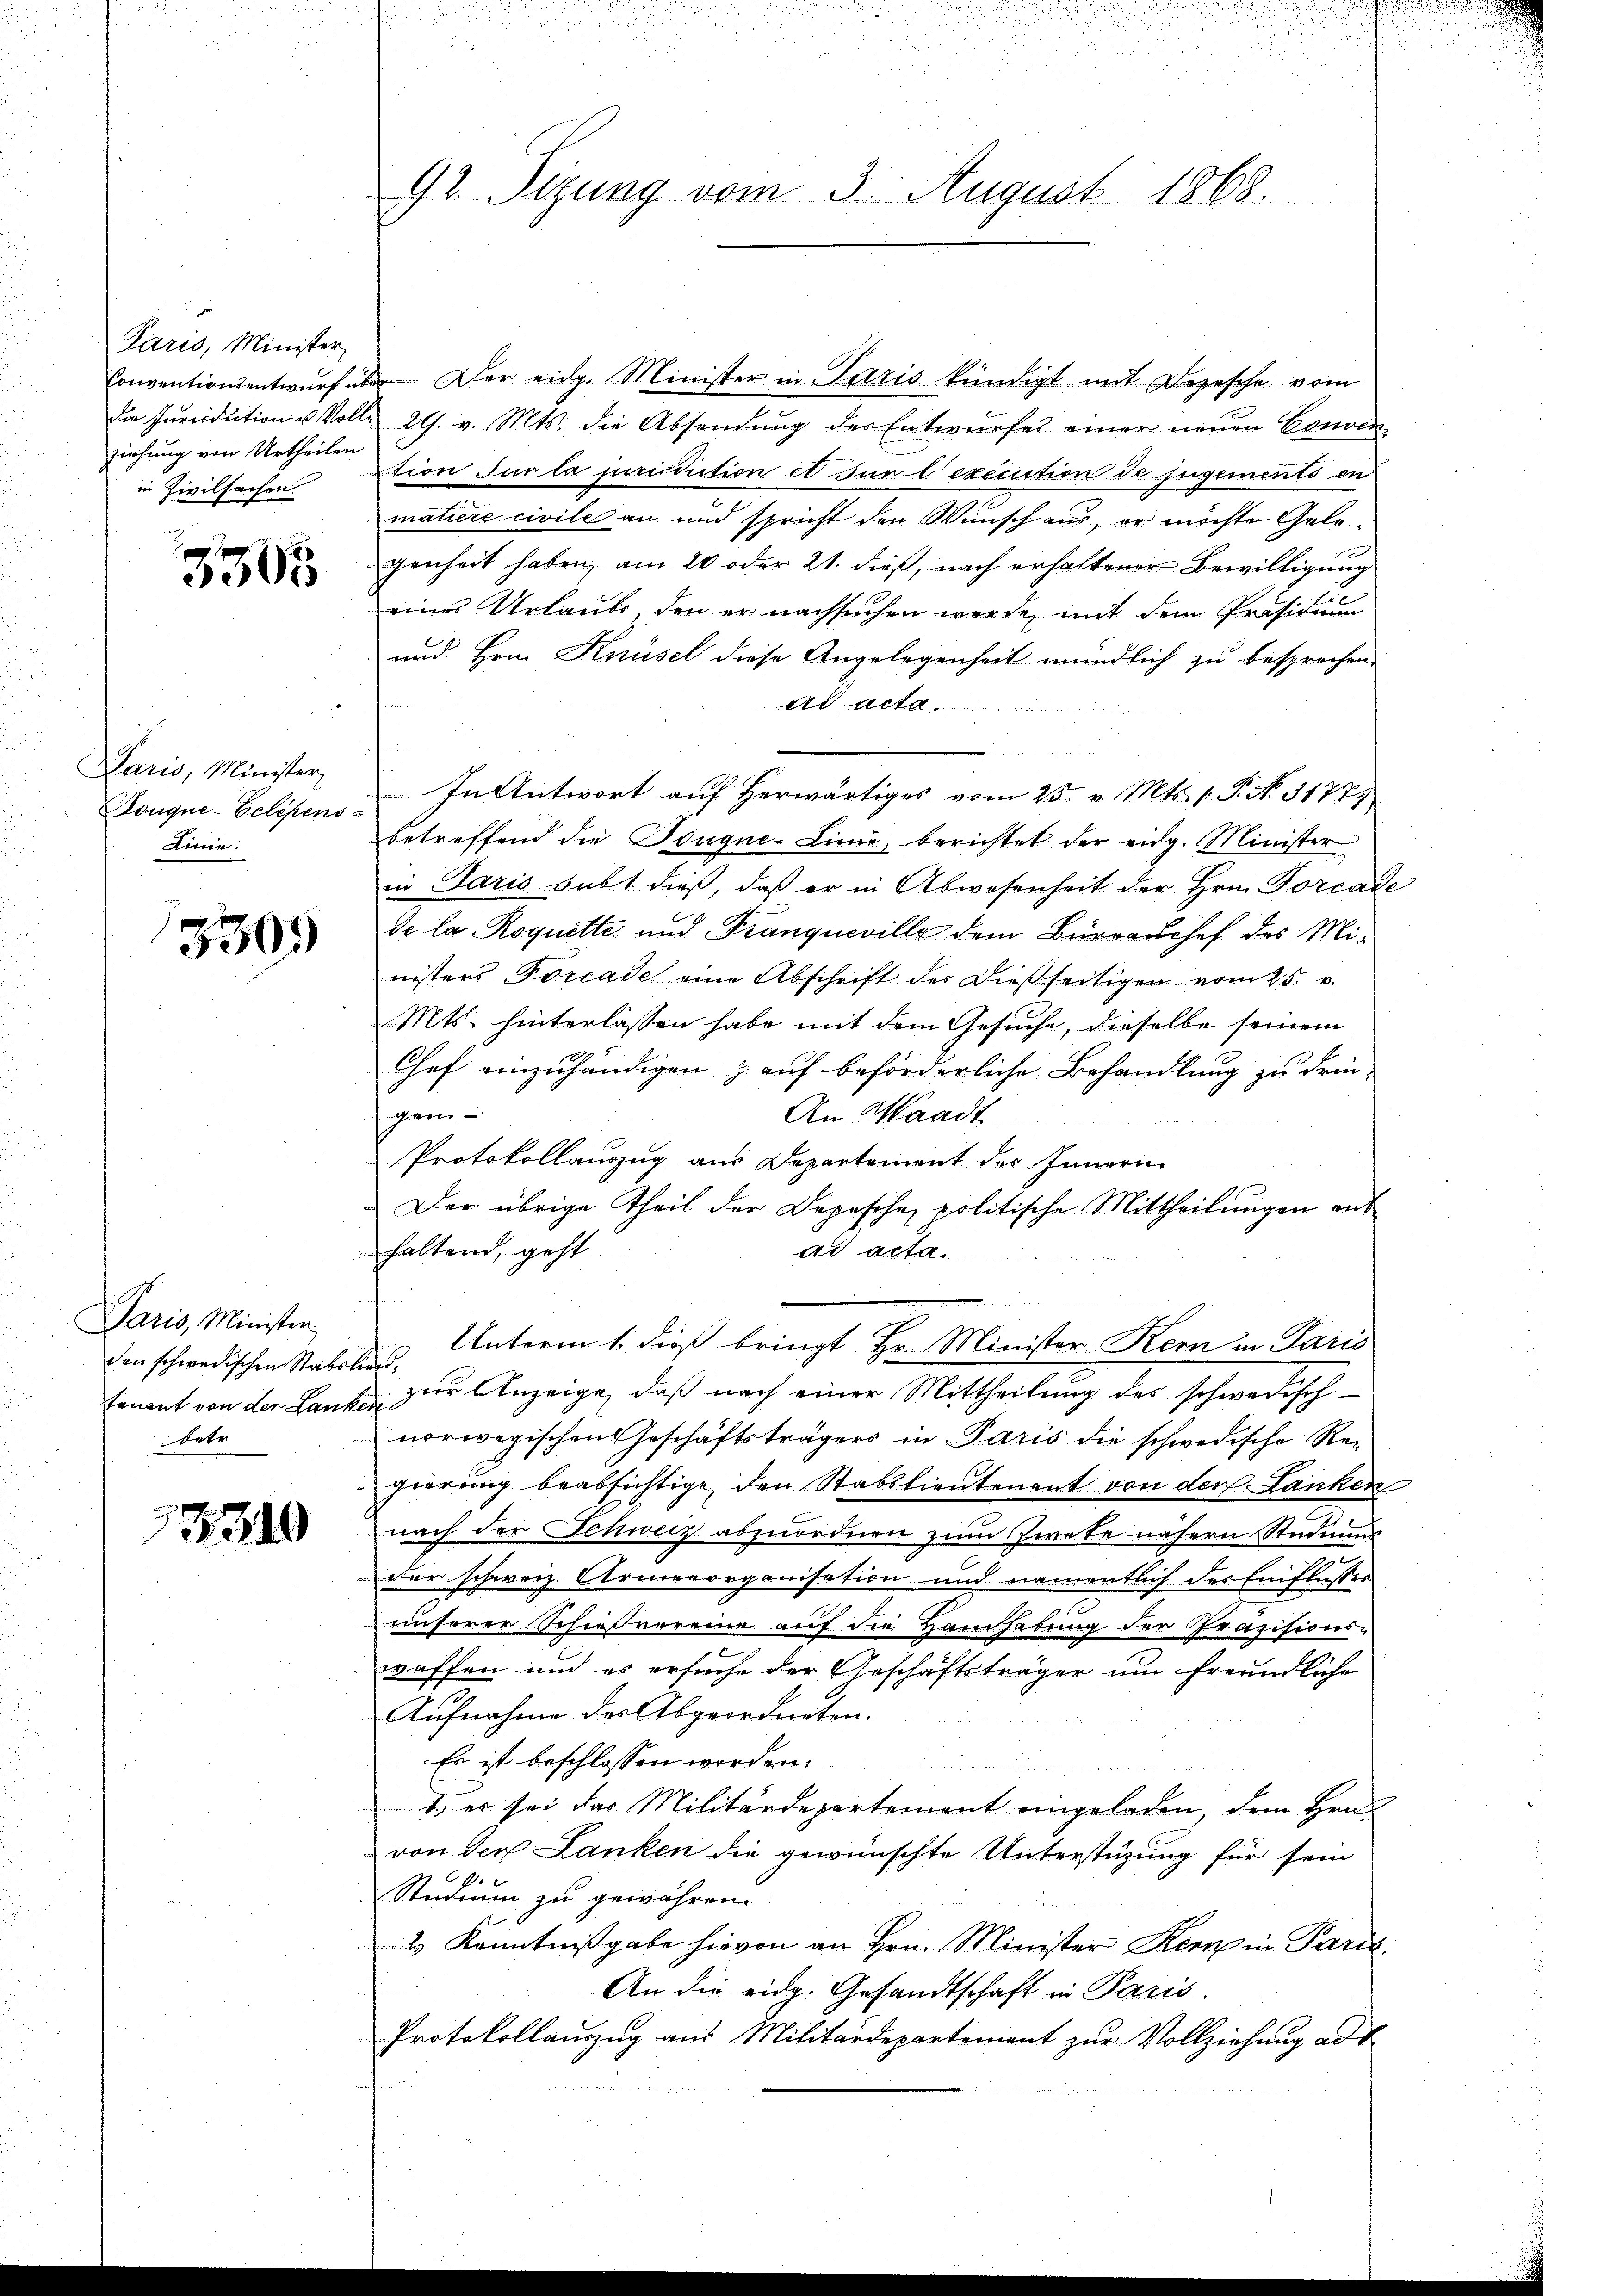
Paris, Minister
Conventionsentwurf üb
die Jurisdiction u Vollziehung von Urtheilen.
in Zivilsachen.

3305

Laris, Minister,
Kouque-Eclépens
Linie.

3309

Paris, Minister
den schwedischen Stabs
tenant von der Lank
betr.

2340

92. Sizung vom 3. August 1868.

Der eidg. Minister in Paris kündigt mit Depesche vom
29. v. Mts. die Absendung der Entwurfes einer neuen Conven-
tion der la jurisdiction et sur lexecution de jugements en
matiere civile an und spricht den Wunsch aus, er möchte Gelegenheit haben, am 20 oder 21. dieß, nach erhaltener Bewilligung
eines Urlaube, den er nachsuchen werde mit dem Präsidium
und Hrn. Knüsel diese Angelegenheit mündlich zu besprechen.
dr acta.
In Antwort auf herwärtiges vom 25. v. Mts. 1. P. N. 31771
betreffend die Bouque-Linie, berichtet der eidg. Minister
in Paris subt dieß, daß er in Abwesenheit der Hrn. Porcade
de la Roquette und Tranqueville dem Bürrauchef des Mi-
nisters Porcade eine Abschrift der dießseitigen vom 25. v.
Mts. hinterlassen habe mit dem Gesuche, dieselbe seinem
Chef einzuhändigen. I auf beförderliche Behandlung zu drin-
gen-
An Waadt
Protokollauszug aus Departement des Innern
Der übrige Theil der Depesche politische Mittheilungen ent
haltend, geht
Ad Acta
Unterm 1. dieß bringt Hr. Minister Kern in Paris
t
2 zur Anzeige, daß nach einer Mittheilung des schwedisch
norwegischen Geschäftsträgers in Paris die schwedische Rei
gierung beabsichtige, den Stabslieutenant von der Lanken
nach der Schweiz abzuordnen zum Zwete nähern Studium
der schweiz. Armenorganisation und namentlich der Einflusser
unserer Schießvereine auf die Handhabung der Präsisions-
waffen um es ersuche der Geschäftsträger um freundliche
Aufnahme der Abgeordneten.
Es ist beschlossen worden.
1.) es sei das Militärdepartement eingeladen, dem Hrn.
von der Lanken die gewünschte Unterstüzung für sein
x
Studium zu gewähren.
2 Kenntnißgabe hievon an Hrn. Minister Kern in Paris
An die eidg. Gesandtschaft in Paris.
Protokollauszug aus Militärdepartement zur Vollziehung ad